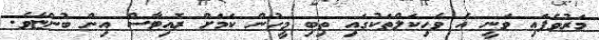
މަރުވެފައި ވަނީ އެ ވެހިކަލްތަކުގައި ތިބި މީހުން ކަމަށް ރޮއިޓާސް އިން ބުންޏެވެ.